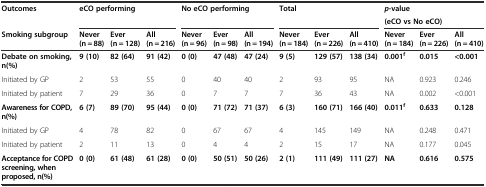
| <ROWSPAN=2> Outcomes | <ROWSPAN=2-COLSPAN=3> eCO performing | <ROWSPAN=2-COLSPAN=3> No eCO performing | <ROWSPAN=2-COLSPAN=3> Total | <COLSPAN=3> p-value |
 | <COLSPAN=3> (eCO vs No eCO) |
 | Smoking subgroup | Never (n = 88) | Ever (n = 128) | All (n = 216) | Never (n = 96) | Ever (n = 98) | All (n = 194) | Never (n = 184) | Ever (n = 226) | All (n = 410) | Never (n = 184) | Ever (n = 226) | All (n = 410) |
 | --- | --- | --- | --- | --- | --- | --- | --- | --- | --- | --- | --- | --- |
 | Debate on smoking, n(%) | 9 (10) | 82 (64) | 91 (42) | 0 (0) | 47 (48) | 47 (24) | 9 (5) | 129 (57) | 138 (34) | 0.001f | 0.015 | <0.001 |
 | Initiated by GP | 2 | 53 | 55 | 0 | 40 | 40 | 2 | 93 | 95 | NA | 0.923 | 0.246 |
 | Initiated by patient | 7 | 29 | 36 | 0 | 7 | 7 | 7 | 36 | 43 | NA | 0.002 | <0.001 |
 | Awareness for COPD, n(%) | 6 (7) | 89 (70) | 95 (44) | 0 (0) | 71 (72) | 71 (37) | 6 (3) | 160 (71) | 166 (40) | 0.011f | 0.633 | 0.128 |
 | Initiated by GP | 4 | 78 | 82 | 0 | 67 | 67 | 4 | 145 | 149 | NA | 0.248 | 0.471 |
 | Initiated by patient | 2 | 11 | 13 | 0 | 4 | 4 | 2 | 15 | 17 | NA | 0.177 | 0.045 |
 | Acceptance for COPD screening, when proposed, n(%) | 0 (0) | 61 (48) | 61 (28) | 0 (0) | 50 (51) | 50 (26) | 2 (1) | 111 (49) | 111 (27) | NA | 0.616 | 0.575 |